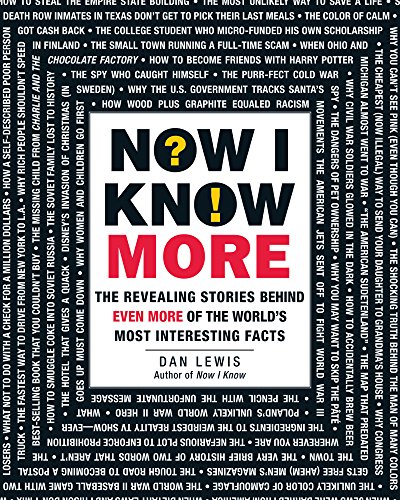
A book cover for Now I Know More: The Revealing Stories Behind Even More of the World's Most Interesting Facts; Dan Lewis; Humor & Entertainment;